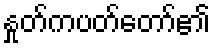
နှုတ်ကပတ်တော်၏